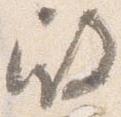
殿